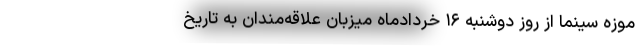
موزه سینما از روز دوشنبه ۱۶ خردادماه میزبان علاقه‌مندان به تاریخ